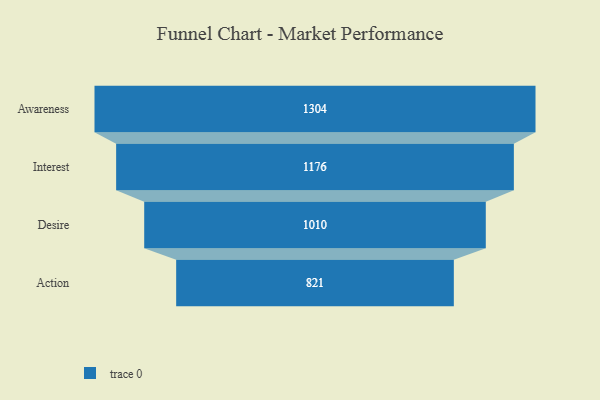
{"axis": {"x": "Stage", "y": "Value"}, "legend": [""], "data": [{"x": "Awareness", "y": 1304.0, "type": ""}, {"x": "Interest", "y": 1176.0, "type": ""}, {"x": "Desire", "y": 1010.0, "type": ""}, {"x": "Action", "y": 821.0, "type": ""}]}